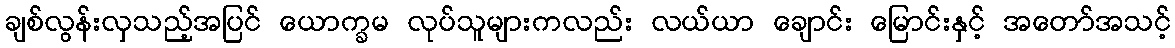
ချစ်လွန်းလှသည့်အပြင် ယောက္ခမ လုပ်သူများကလည်း လယ်ယာ ချောင်း မြောင်းနှင့် အတော်အသင့်